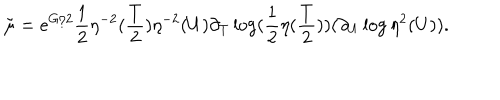
{ \tilde { \mu } } = e ^ { G / 2 } \frac { 1 } { 2 } \eta ^ { - 2 } ( \frac { T } { 2 } ) \eta ^ { - 2 } ( U ) \partial _ { T } \log ( \frac { 1 } { 2 } \eta ( \frac { T } { 2 } ) ) ( \partial _ { U } \log \eta ^ { 2 } ( U ) ) .